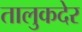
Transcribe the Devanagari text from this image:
तालुकदेर